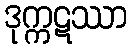
ဒုက္ကဋဿာ